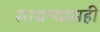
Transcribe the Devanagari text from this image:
साधण्यासही